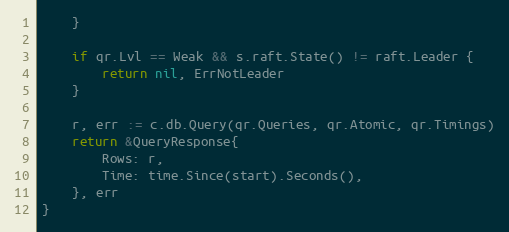
Language: Go
	}

	if qr.Lvl == Weak && s.raft.State() != raft.Leader {
		return nil, ErrNotLeader
	}

	r, err := c.db.Query(qr.Queries, qr.Atomic, qr.Timings)
	return &QueryResponse{
		Rows: r,
		Time: time.Since(start).Seconds(),
	}, err
}